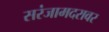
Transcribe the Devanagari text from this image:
सरंजामदरावर